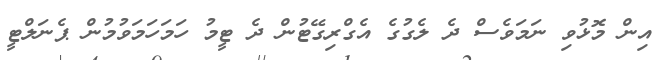
އިން މޮޅުވި ނަމަވެސް ދެ ލެގުގެ އެގްރިގޭޓުން ދެ ޓީމު ހަމަހަމަވުމުން ޕެނަލްޓީ